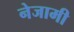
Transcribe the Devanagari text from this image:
नेजामी